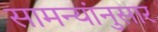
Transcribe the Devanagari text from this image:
सामन्यांनुसार